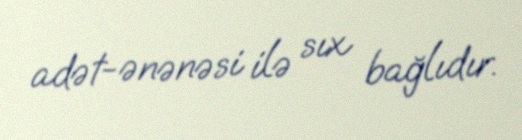
adət-ənənəsi ilə sıx bağlıdır.